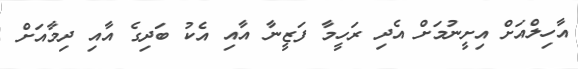
އާހިލްއަށް އިށީނުމަށް އެދި ރަހީމާ ފަޒީނާ އާއި އެކު ބަދިގެ އާއި ދިމާއަށް